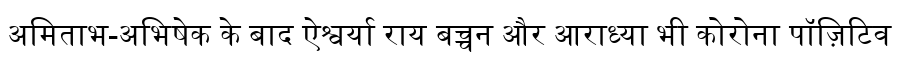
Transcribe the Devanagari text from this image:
अमिताभ-अभिषेक के बाद ऐश्वर्या राय बच्चन और आराध्या भी कोरोना पॉज़िटिव